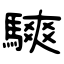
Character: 騻